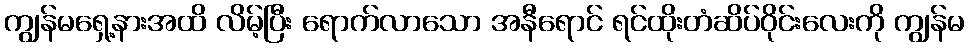
ကျွန်မရှေ့နားအထိ လိမ့်ပြီး ရောက်လာသော အနီရောင် ရင်ထိုးတံဆိပ်ဝိုင်းလေးကို ကျွန်မ